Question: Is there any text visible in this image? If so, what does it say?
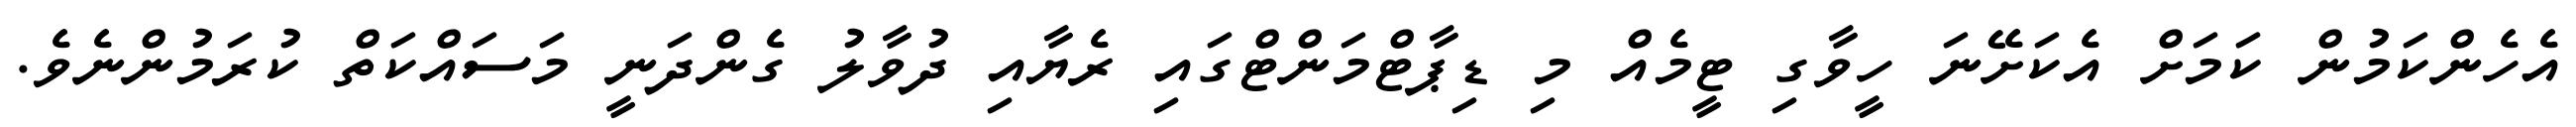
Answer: އެހެންކަމުން ކަމަށް އެކަށޭނަ ހީވާގި ޓީމެއް މި ޑިޕާޓްމަންޓްގައި ރެޔާއި ދުވާލު ގެންދަނީ މަސައްކަތް ކުރަމުންނެވެ.